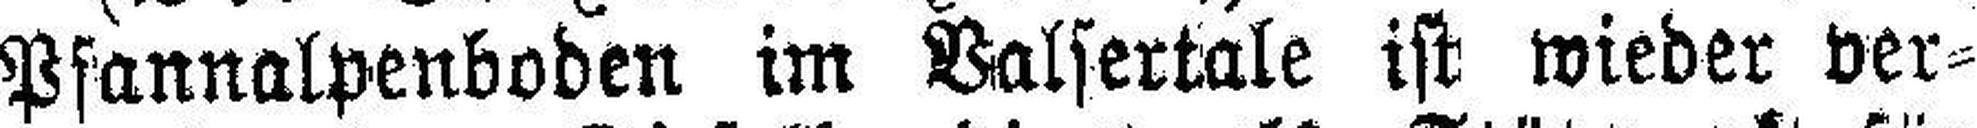
Pfannalpenboden im Balsertale ist wieder ver¬